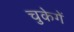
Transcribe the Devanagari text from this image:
चुकेगें